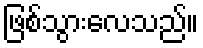
ဖြစ်သွားလေသည်။